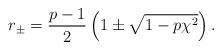
LaTeX: \begin{align*} r_{\pm}=\frac{p-1}{2}\left(1\pm\sqrt{1-p\chi^2}\right). \end{align*}